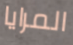
المرايا